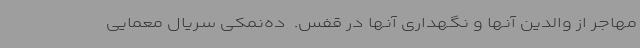
مهاجر از والدین آنها و نگهداری آنها در قفس. ‌ ده‌نمکی سریال معمایی